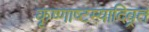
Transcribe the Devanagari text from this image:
कृष्णाष्टम्यादिव्रत